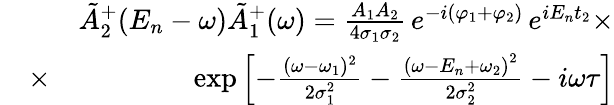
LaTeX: \begin{array}{rlr}&{}&{\tilde{A}_{2}^{+}(E_{n}-\omega)\tilde{A}_{1}^{+}(\omega)=\frac{A_{1}A_{2}}{4\sigma_{1}\sigma_{2}}\, e^{-i(\varphi_{1}+\varphi_{2})}\, e^{iE_{n}t_{2}}\times}\\ &{\times}&{\exp\left[-\frac{(\omega-\omega_{1})^{2}}{2\sigma_{1}^{2}}-\frac{\left(\omega-E_{n}+\omega_{2}\right)^{2}}{2\sigma_{2}^{2}}-i\omega\tau\right]}\end{array}